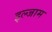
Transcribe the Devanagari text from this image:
इल्‍जाम